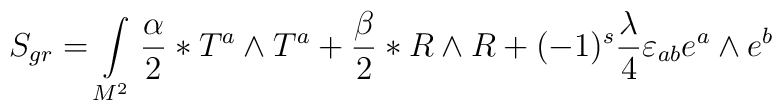
S_{gr}= \int\limits_{M^{2}}^{} {\alpha \over 2} \ast T^{a} \wedge T^{a} +{\beta \over 2} \ast R \wedge R + (-1)^s {\lambda^{} \over 4} \varepsilon_{ab}e^{a} \wedge e^{b}